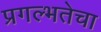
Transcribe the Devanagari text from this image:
प्रगल्‍भतेचा